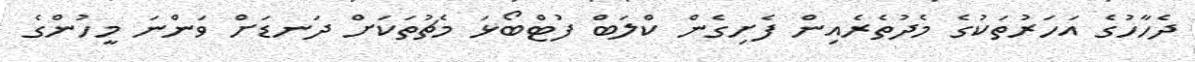
ދެހާހުގެ އަހަރުތަކުގެ މެދުތެރެއިން ފެށިގެން ކްލަބް ފުޓްބޯޅަ މެޗުތަކަށް ދަނޑަށް ވަންނަ މީހުންގެ